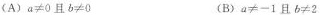
(A)$$a\neq 0$$且$$b\neq 0$$ (B)$$a\neq -1$$且$$b\neq 2$$